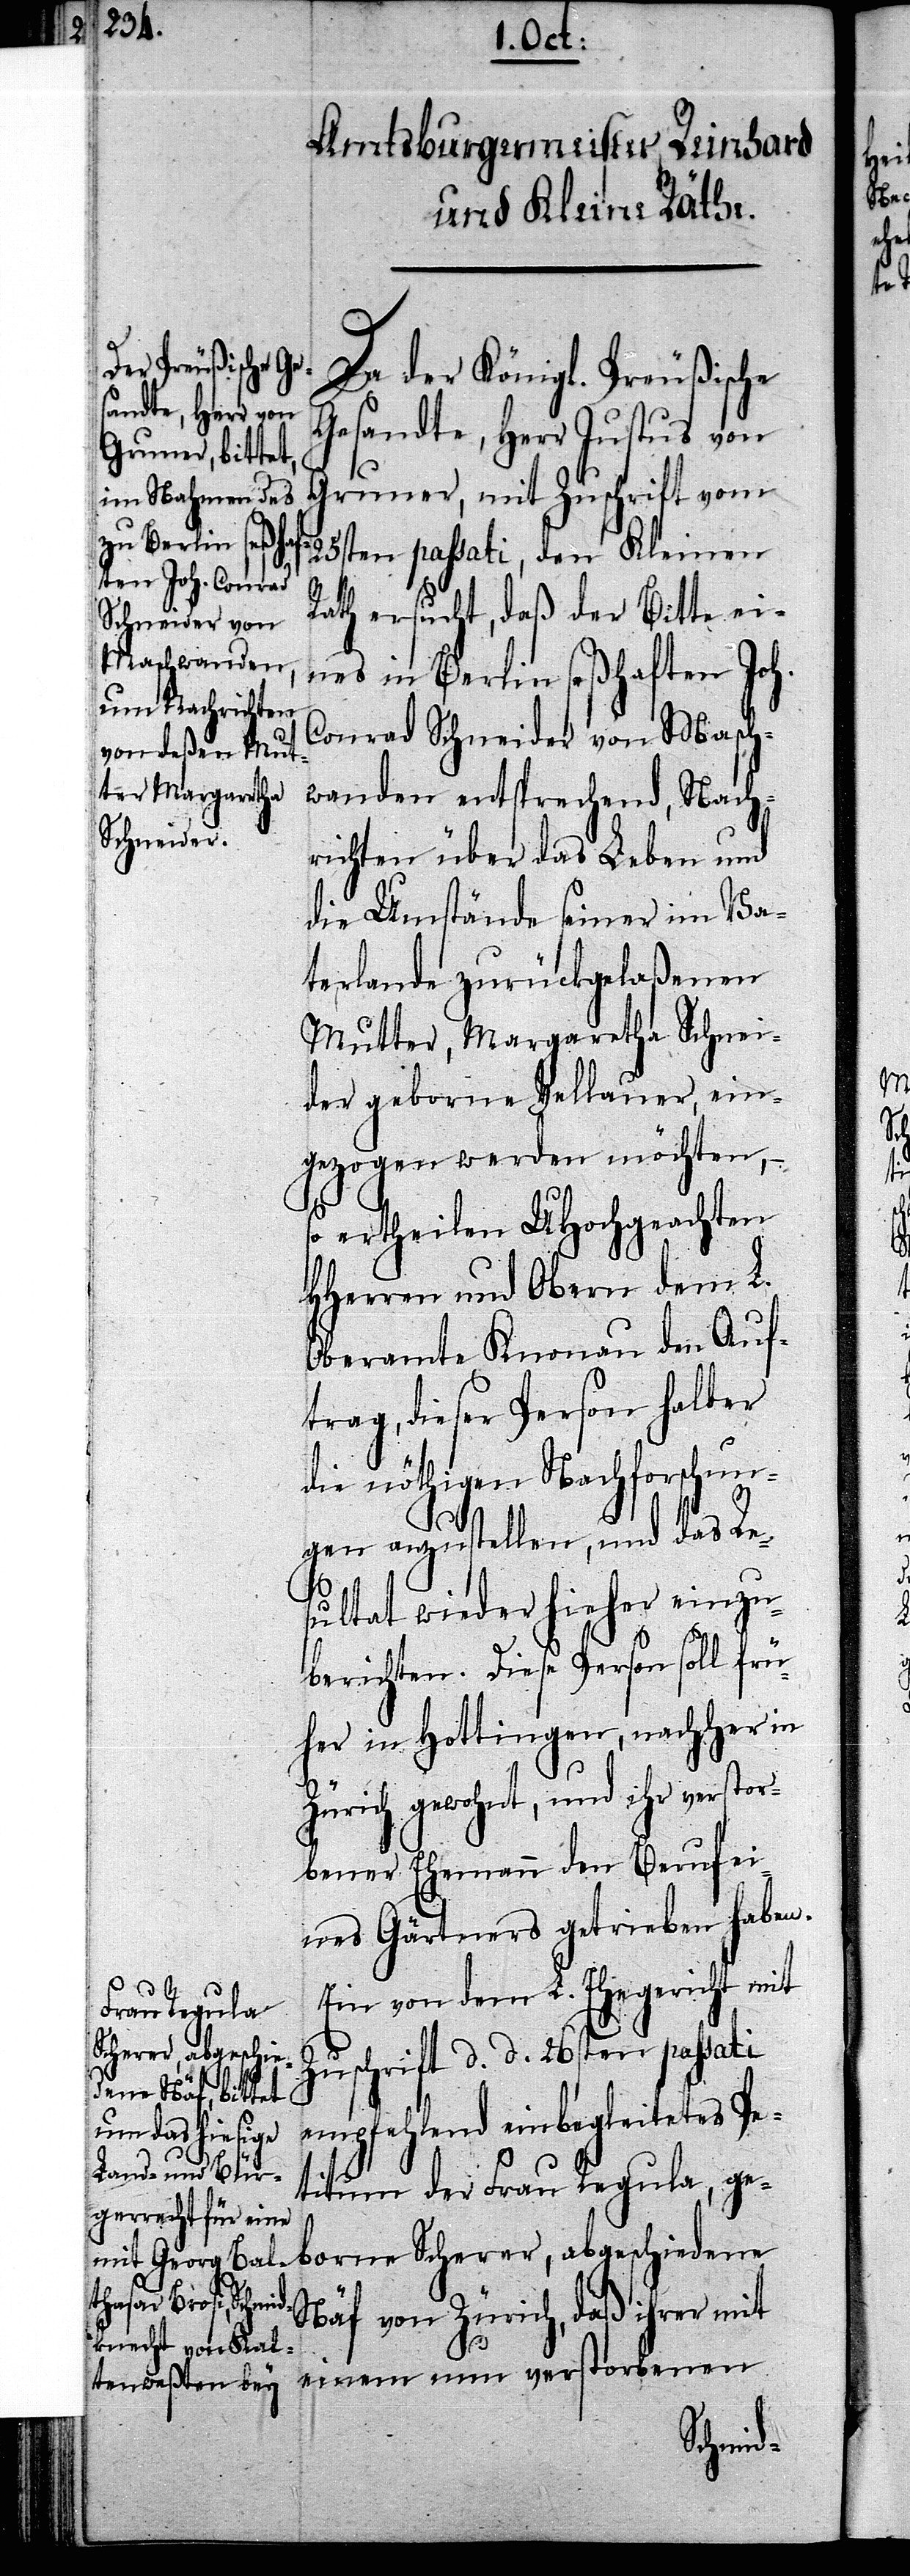
Da der Königl. Preußische
Gesandte, Herr Justus von
Gruner, mit Zuschrift vom
25sten passati, den Kleinen
Rath ersucht, daß der Bitte ei¬
nes in Berlin seßhaften Joh.
Conrad Schneider von Masch¬
wanden entsprechend, Nach¬
richten über das Leben und
die Umstände seiner im Va¬
terlande zurückgelaßenen
Mutter, Margaretha Schnei¬
der geborne Wellauer, ein¬
gezogen werden möchten, –
so ertheilen UHochgeachten
HHerren und Obern dem L.
Oberamte Knonau den Auf¬
trag, dieser Person halber
die nöthigen Nachforschu¬
ngen anzustellen, und das Re¬
sultat wieder hieher einzu¬
berichten. Diese Person soll frü¬
her in Hottingen, nachher in
Zürich gewohnt, und ihr verstor¬
bener Ehemann den Beruf ei¬
nes Gärtners getrieben haben.
Ein von dem L. Ehegericht mit
Zuschrift d. d. 26sten passati
empfehlend einbegleitetes Pe¬
titum der Frau Regula, ge¬
borne Scherer, abgeschiedene
Näf von Zürich, daß ihrer mit
einem nun verstorbenen